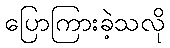
ပြောကြားခဲ့သလို